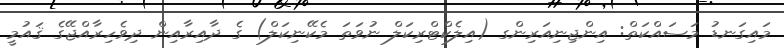
މައިގަނޑު މަސައްކަތް: އިންޖިނިއަރިންގ (އިލެކްޓްރިކަލް ނުވަތަ މެކޭނިކަލްް) ގެ ދާއިރާއިން ދިވެހިރާއްޖޭގެ ޤައުމީ